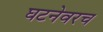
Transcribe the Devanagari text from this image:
घटनेवरच